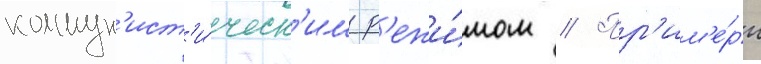
коммун'ист'и́ческ'им р'ежи́мом // Пр'им'е́ры